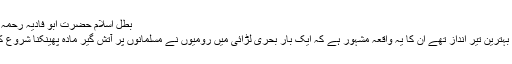
بطل اسلام حضرت ابو فادیہ رحمہ اللہ​
آپ بہترین تیر انداز تھے ان کا یہ واقعہ مشہور ہے کہ ایک بار بحری لڑائی میں رومیوں نے مسلمانوں پر آتش گیر مادہ پھینکنا شروع کیا ۔